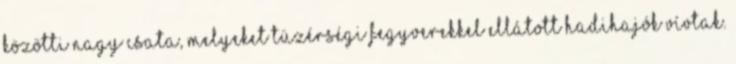
közötti nagy csata, melyeket tüzérségi fegyverekkel ellátott hadihajók vívtak.